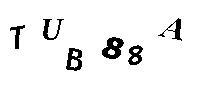
TUB88A